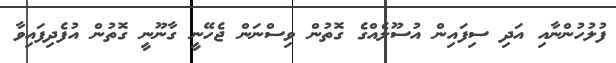
ފުލުހުންނާއި އަަދި ސިފައިން އުސޫލެއްގެ ގޮތުން ވިސްނަން ޖެހޭނީ ގާނޫނީ ގޮތުން އުފެދިފައިވާ